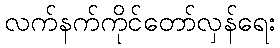
လက်နက်ကိုင်တော်လှန်ရေး